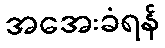
အအေးခံရန်